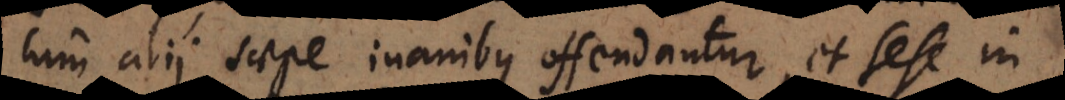
cum alii saepe inanibus offendantur, et sese in